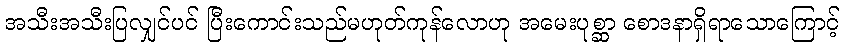
အသီးအသီးပြလျှင်ပင် ပြီးကောင်းသည်မဟုတ်ကုန်လောဟု အမေးပုစ္ဆာ စောဒနာရှိရာသောကြောင့်